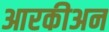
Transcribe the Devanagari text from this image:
आरकीअन